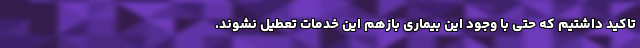
تاکید داشتیم که حتی با وجود این بیماری بازهم این خدمات تعطیل نشوند.